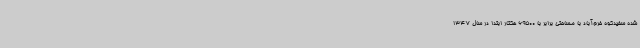
شده سفیدکوه خرم‌آباد با مساحتی برابر با 69500 هکتار ابتدا در سال 1347